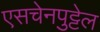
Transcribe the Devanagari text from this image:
एसचेनपुट्टेल